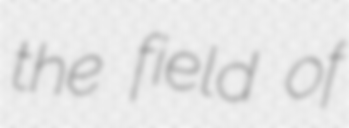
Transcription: the field of